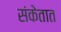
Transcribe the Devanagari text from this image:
संकेतात